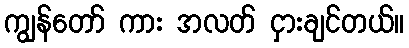
ကျွန်တော် ကား အလတ် ငှားချင်တယ်။